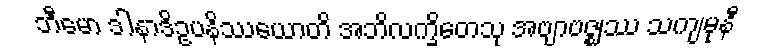
ဘီမော ဒါနာဒိဥပနိဿယောတိ အဘိလက္ခိတေသု အဗျာဗဇ္ဈဿ သကျမုနီ